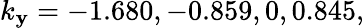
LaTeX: k_{\mathbf{y}}=-1.680,-0.859,0,0.845,